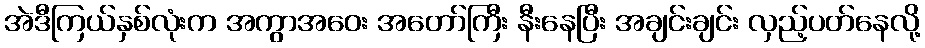
အဲဒီကြယ်နှစ်လုံးက အကွာအဝေး အတော်ကြီး နီးနေပြီး အချင်းချင်း လှည့်ပတ်နေလို့